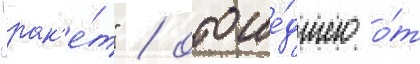
"рак'е́т" / отоше́дшего о́т